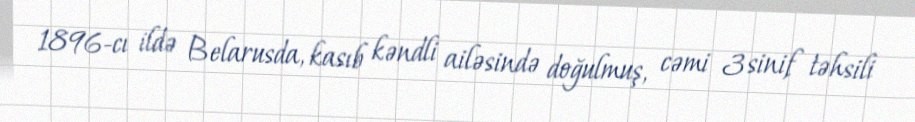
1896-cı ildə Belarusda, kasıb kəndli ailəsində doğulmuş, cəmi 3 sinif təhsili